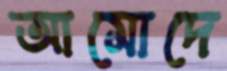
আমোদে